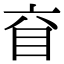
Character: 𥄈